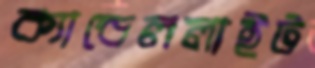
ক্যান্ডেললাইট